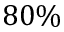
8 0 \%